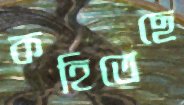
কহিতেছে